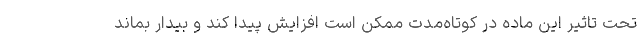
تحت تاثیر این ماده در کوتاه‌مدت ممکن است افزایش پیدا کند و بیدار بماند